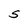
Character: S